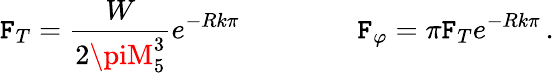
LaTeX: \mathtt{F}_{T}=\frac{{W}}{{2\piM_{5}^{3}}}e^{-Rk\pi}\, \qquad\qquad\mathtt{F}_{\varphi}=\pi\mathtt{F}_{T}e^{-Rk\pi}\, .